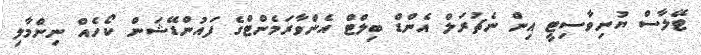
ޓޭލާސް ޔުނިވާސިޓީ އިން ނެޗުރަލް އެންޑް ބިލްޓް އެންވާރަމެންޓްގެ ފައުންޑޭޝަން ކޯހެއް ނިންމާލި